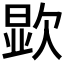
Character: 𪴯